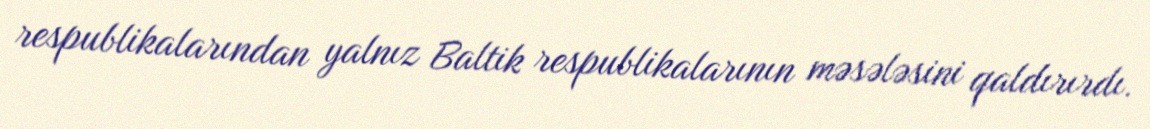
respublikalarından yalnız Baltik respublikalarının məsələsini qaldırırdı.